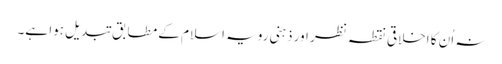
نہ اُن کا اخلاقی نقطہ نظر اور ذہنی رویہ اسلام کے مطابق تبدیل ہوا ہے۔